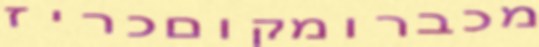
מכברומקוםכריז